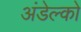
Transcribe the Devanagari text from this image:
अंडेल्को